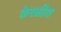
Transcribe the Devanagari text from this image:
केरळीय